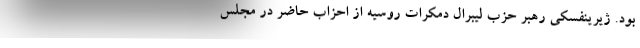
بود. ژیرینفسکی رهبر حزب لیبرال دمکرات روسیه از احزاب حاضر در مجلس